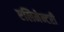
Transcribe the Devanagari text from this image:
एलिमेन्टरी